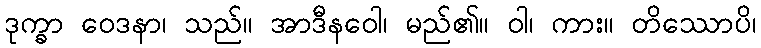
ဒုက္ခာ ဝေဒနာ၊ သည်။ အာဒီနဝေါ၊ မည်၏။ ဝါ၊ ကား။ တိဿောပိ၊